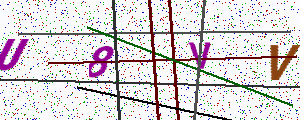
Text: U8VV